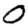
Digit: 0